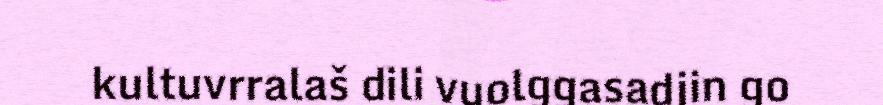
kultuvrralaš dili vuolggasadjin go